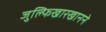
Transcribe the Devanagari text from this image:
जुल्फिखारखानने